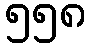
၅၅၈